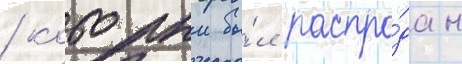
/ которыи бы́л распро́дан